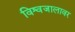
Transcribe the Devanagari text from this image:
विश्वजालावर